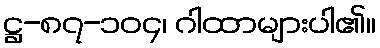
ဋ္ဌ-၈၇-၁၀၄၊ ဂါထာများပါ၏။